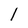
Character: l